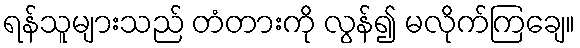
ရန်သူများသည် တံတားကို လွန်၍ မလိုက်ကြချေ။